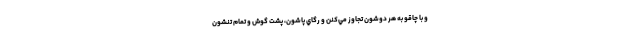
و با چاقو به هر دوشون تجاوز مي‌كنن و رگاي پاشون، پشت گوش و تمام تنشون